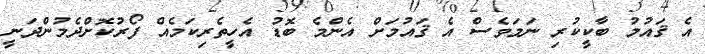
އެ ޤައުމު ބާކީކުރި ނަމަވެސް އެ ޤައުމަށް އެންމެ ބޮޑު އެހީތެރިކަމެއް ފޯރުކޮށްދެމުންދަނީ